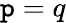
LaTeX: \mathtt{p}=q